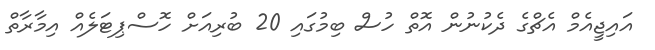
އައިޖީއެމް އެޗްގެ ދެކުނުން އޮތް ހުސް ބިމުގައި 20 ބުރިއަށް ހޮސްޕިޓަލެއް އިމާރާތް